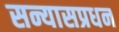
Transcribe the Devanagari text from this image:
सन्यासप्रधन